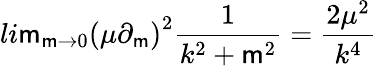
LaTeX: li\mathsf{m}_{\mathsf{m}\rightarrow0}{(\mu\partial_{\mathsf{m}})}^{2}\frac{{1}}{{k^{2}+\mathsf{m}^{2}}}=\frac{{2\mu^{2}}}{{k^{4}}}